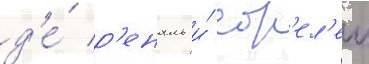
д'е́ р'еналь и́ сор'ел'ем